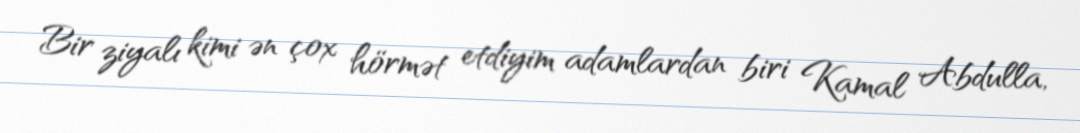
Bir ziyalı kimi ən çox hörmət etdiyim adamlardan biri Kamal Abdulla,